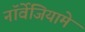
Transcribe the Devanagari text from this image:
नॉर्वेजियामे